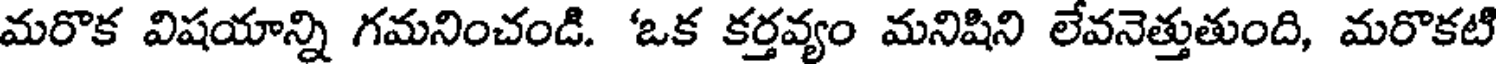
మరొక విషయాన్ని గమనించండి. 'ఒక కర్తవ్యం మనిషిని లేవనెత్తుతుంది, మరొకటి